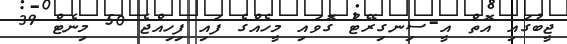
ޖީބުގައި އޮތް އީ-ސިނގިރޭޓު ގޮވައި މީހެއްގެ ފައި ފިހިއްޖެ 50 މިނެޓް 39